Rae_vallavalitsus, lk 6
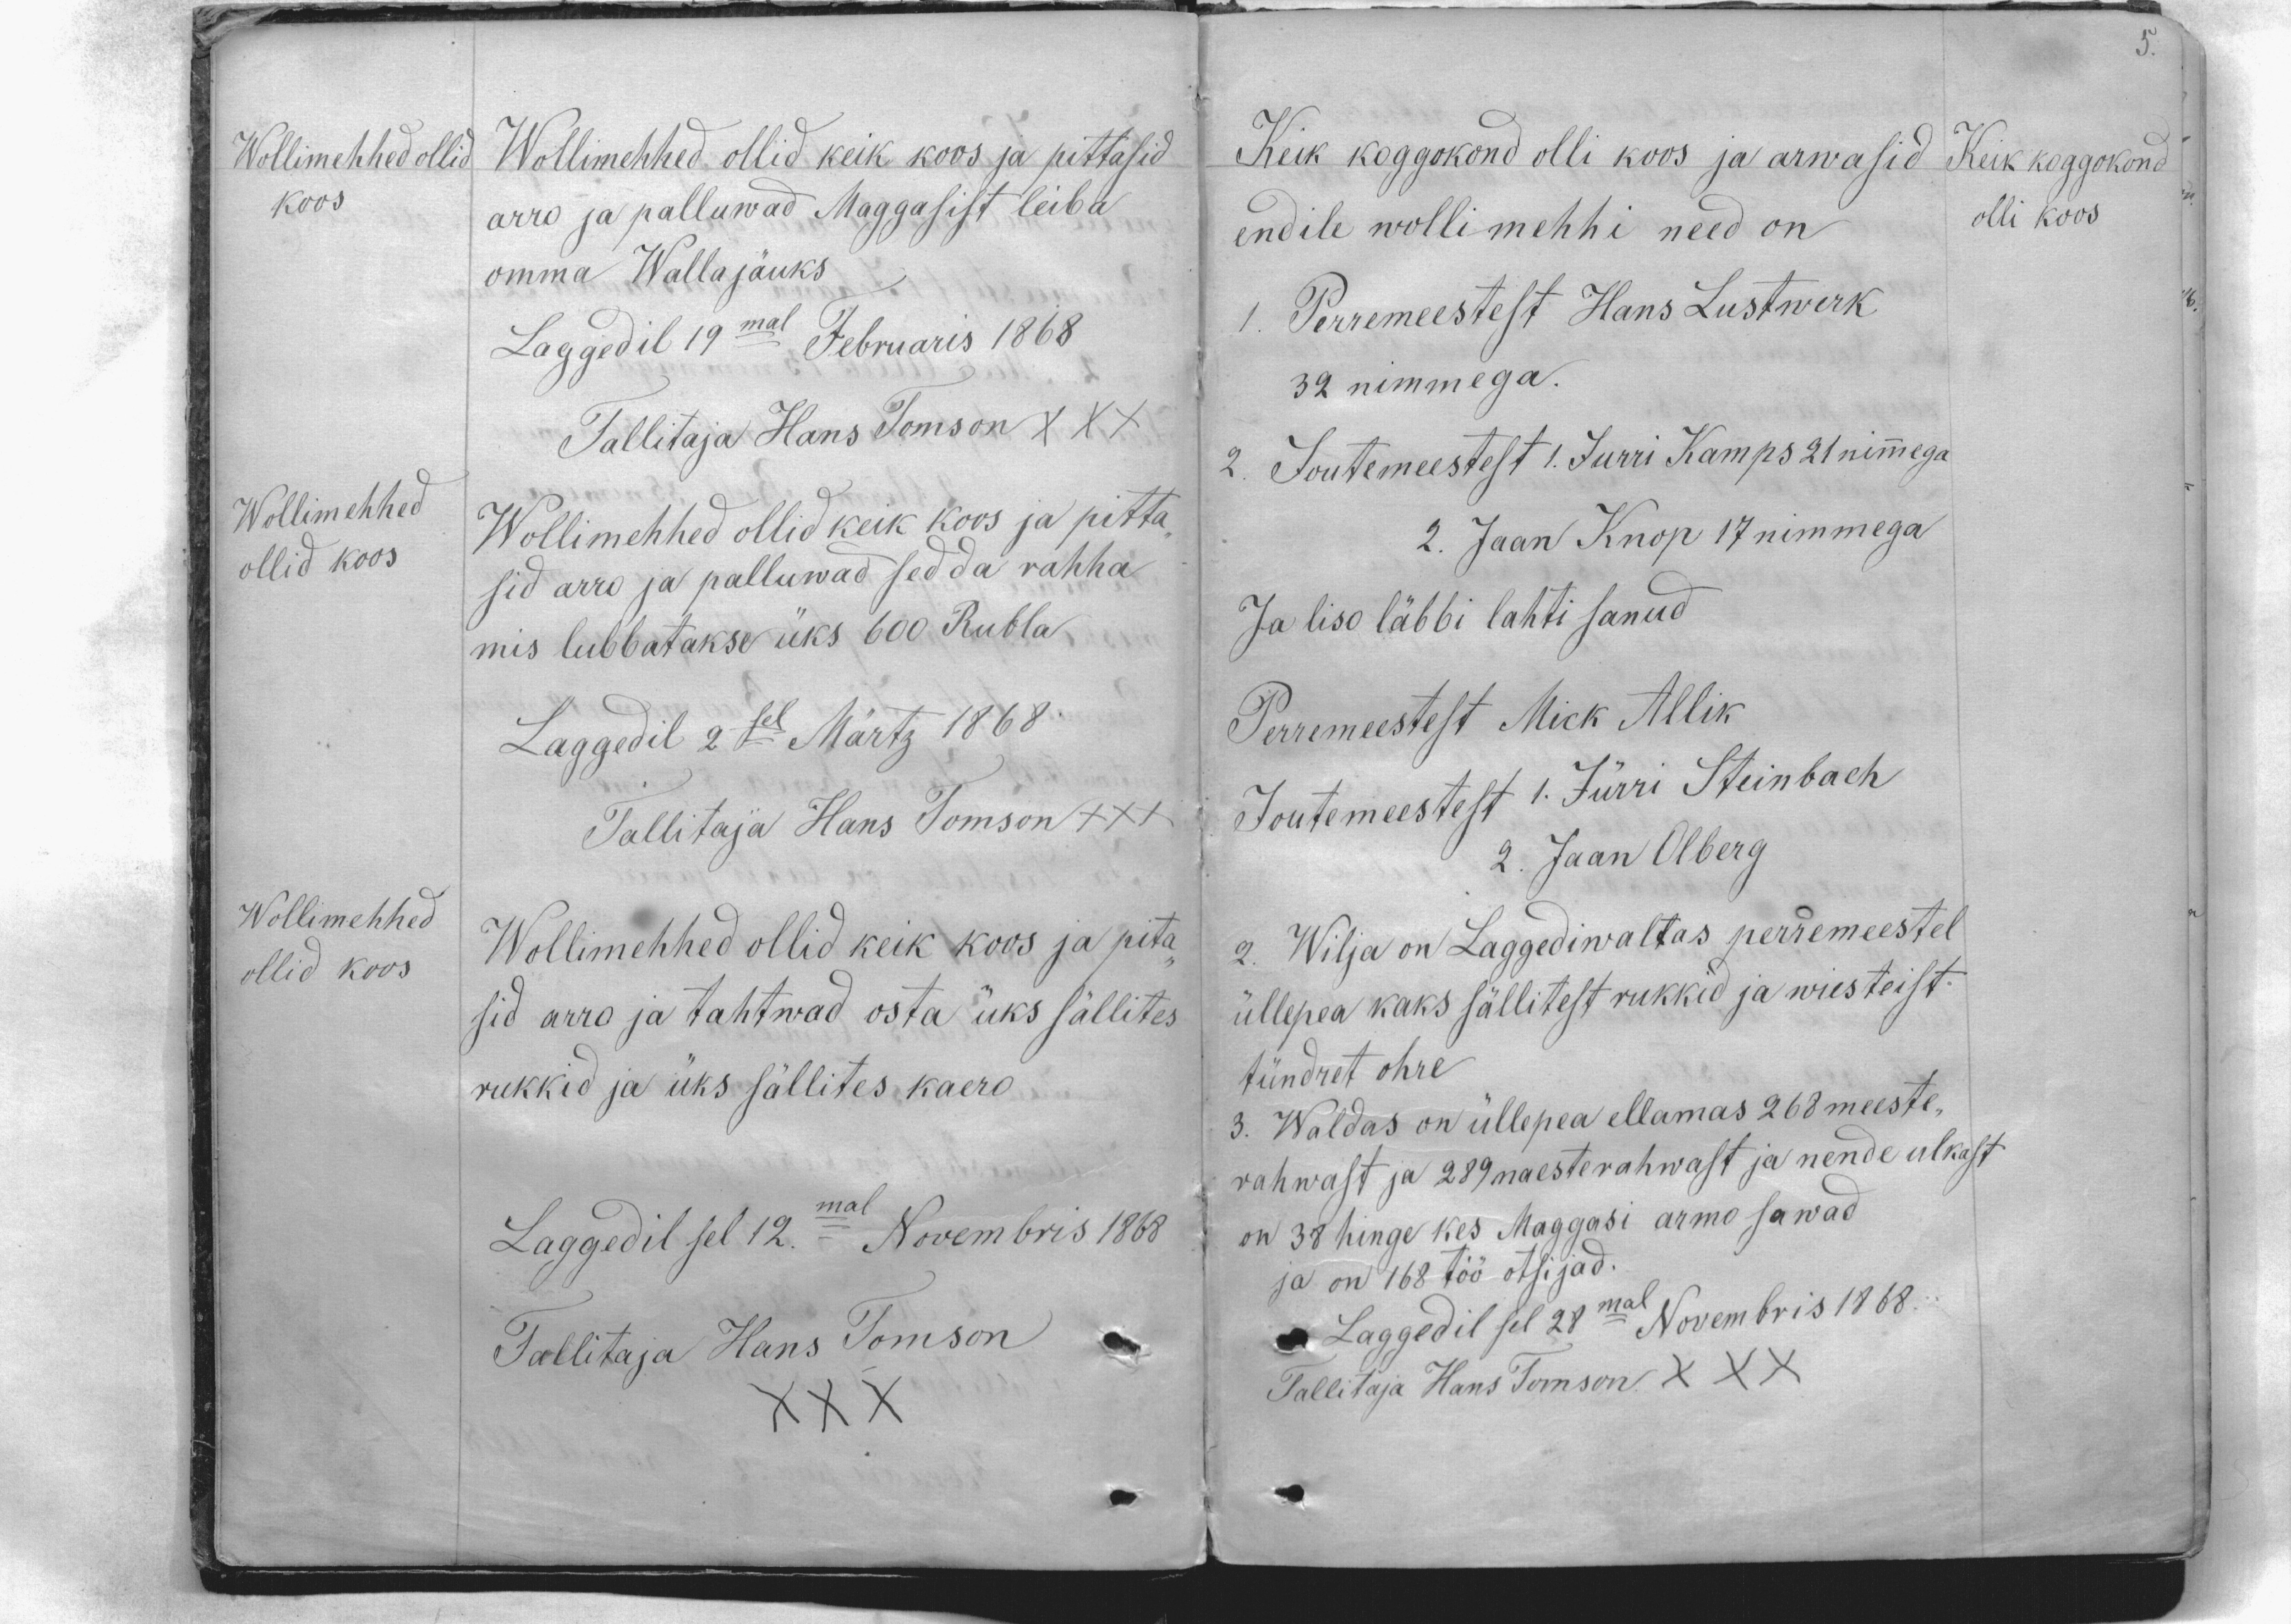
Wollimehhed ollid
Wollimehhed ollid keik koos ja pittasid
koos
arro ja palluwad Maggasist leiba
omma Walla jäuks
Laggedil 19mal Februaris 1868
Tallitaja Hans Tomson XXX
Wollimehhed
Wollimehhed ollid keik koos ja pitta-
ollid koos
sid arro ja palluwad sedda rahha
mis lubbatakse üks 600 Rubla
Laggedil 2sel Märtz 1868.
Tallitaja Hans Tomson XXX
Wollimehhed
ollid koos
Wollimehhed ollid keik koos ja pita-
sid arro ja tahtwad osta üks sällites
rukkid ja üks sällites kaero
Laggedil sel 12.mal Novembris 1868
Tallitaja Hans Tomson
XXX

Keik koggokond olli koos ja arwasid
Keik koggokond
endile wollimehhi need on
olli koos
1. Perremeestest Hans Lustwerk
32 nimmega.
2. Joutemeestest 1. Jurri Kamps 21 nimmega
2. Jaan Knop 17 nimmega
Ja liso läbbi lahti sanud
Perremeestest Mick Allik
Joutemeestest 1. Jürri Steinbach
2. Jaan Olberg
2. Wilja on Laggediwaltas perremeestel
üllepea kaks sällitest rukkid ja wiesteist.
tündret ohre
3. Waldas on üllepea ellamas 268 meeste-
rahwast ja 289 naesterahwast ja nende ulkast
on 38 hinge kes Maggasi armo sawad
ja on 168 töö otsijad.
Laggedil sel 28mal Novembris 1868.
Tallitaja Hans Tomson XXX